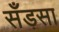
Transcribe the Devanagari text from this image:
सँड़सा